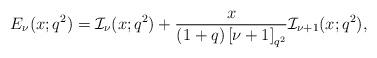
LaTeX: \begin{align*}E_\nu(x;q^2)=\mathcal{I}_\nu(x;q^2)+\frac{x}{(1+q)\left[\nu+1\right]_{q^2}}\mathcal{I}_{\nu+1}(x;q^2),\end{align*}